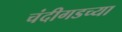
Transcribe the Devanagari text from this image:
चंदीगडच्या